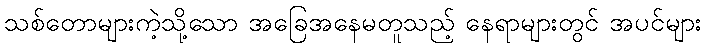
သစ်တောများကဲ့သို့သော အခြေအနေမတူသည့် နေရာများတွင် အပင်များ